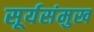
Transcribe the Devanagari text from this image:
सूर्यसंमुख